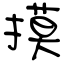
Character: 摸